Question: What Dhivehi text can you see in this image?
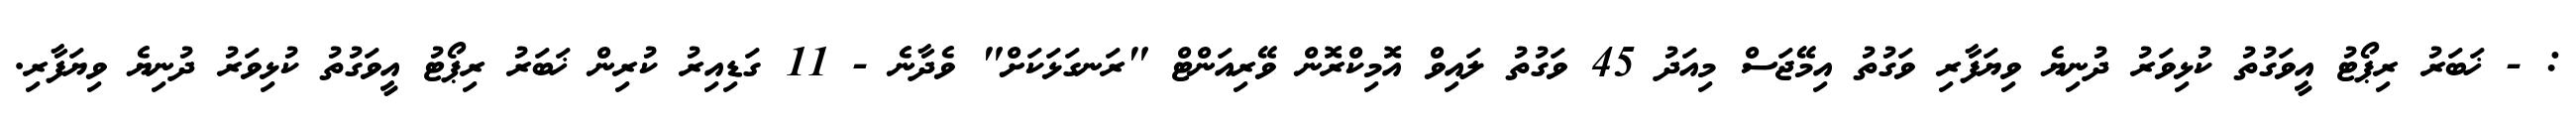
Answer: : - ޚަބަރު ރިޕޯޓު އީވަގުތު ކުޅިވަރު ދުނިޔެ ވިޔަފާރި ވަގުތު އިމޭޖަސް މިއަދު 45 ވަގުތު ލައިވް އޮމިކްރޮން ވޭރިއަންޓް "ރަނގަޅަކަށް" ވެދާނެ - 11 ގަޑިއިރު ކުރިން ޚަބަރު ރިޕޯޓު އީވަގުތު ކުޅިވަރު ދުނިޔެ ވިޔަފާރި.